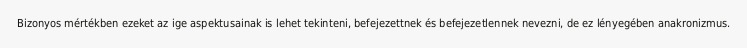
Bizonyos mértékben ezeket az ige aspektusainak is lehet tekinteni, befejezettnek és befejezetlennek nevezni, de ez lényegében anakronizmus.